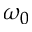
\omega _ { 0 }